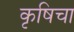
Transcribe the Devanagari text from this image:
कृषिचा